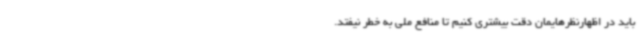
باید در اظهارنظرهایمان دقت بیشتری کنیم تا منافع ملی به خطر نیفتد.